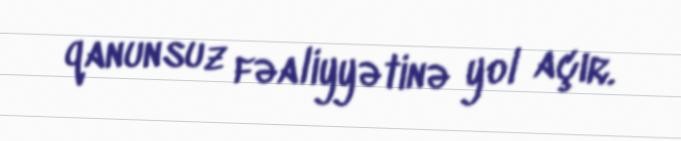
qanunsuz fəaliyyətinə yol açır.